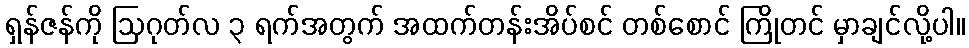
ရှန်ဇန်ကို ဩဂုတ်လ ၃ ရက်အတွက် အထက်တန်းအိပ်စင် တစ်စောင် ကြိုတင် မှာချင်လို့ပါ။